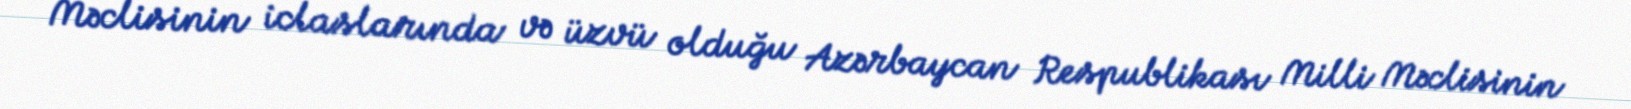
Məclisinin iclaslarında və üzvü olduğu Azərbaycan Respublikası Milli Məclisinin